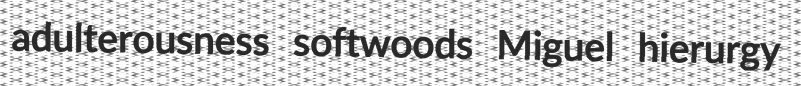
adulterousness softwoods Miguel hierurgy